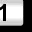
Digit: 1